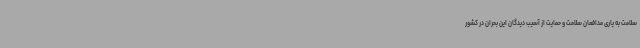
سلامت به یاری مدافعان سلامت و حمایت از آسیب دیدگان این بحران در کشور